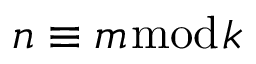
n \equiv m { \bmod { k } }